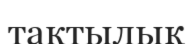
тактылық